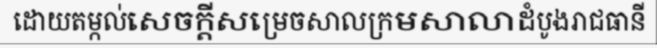
ដោយតម្កល់សេចក្តីសម្រេចសាលក្រមសាលាដំបូងរាជធានី